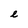
Character: e